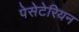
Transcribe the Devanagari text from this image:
पेसेटेरियन